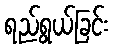
ရည်ရွယ်ခြင်း